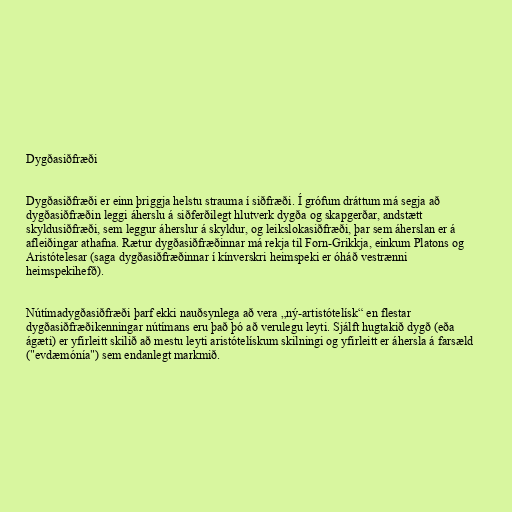
Dygðasiðfræði

Dygðasiðfræði er einn þriggja helstu strauma í siðfræði. Í grófum dráttum má segja að
dygðasiðfræðin leggi áherslu á siðferðilegt hlutverk dygða og skapgerðar, andstætt
skyldusiðfræði, sem leggur áherslur á skyldur, og leikslokasiðfræði, þar sem áherslan er á
afleiðingar athafna. Rætur dygðasiðfræðinnar má rekja til Forn-Grikkja, einkum Platons og
Aristótelesar (saga dygðasiðfræðinnar í kínverskri heimspeki er óháð vestrænni
heimspekihefð).

Nútímadygðasiðfræði þarf ekki nauðsynlega að vera „ný-artistótelísk“ en flestar
dygðasiðfræðikenningar nútímans eru það þó að verulegu leyti. Sjálft hugtakið dygð (eða
ágæti) er yfirleitt skilið að mestu leyti aristótelískum skilningi og yfirleitt er áhersla á farsæld
("evdæmónía") sem endanlegt markmið.